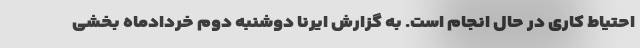
احتیاط کاری در حال انجام است. به گزارش ایرنا دوشنبه دوم خردادماه بخشی